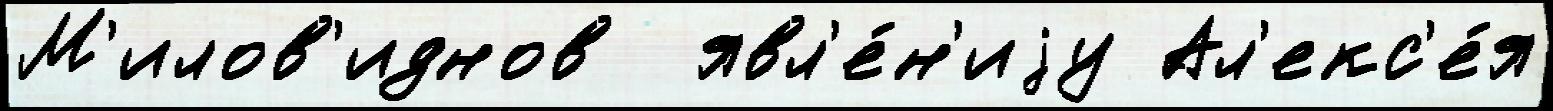
М'илов'иднов  явл'е́н'иjу Ал'екс'е́я